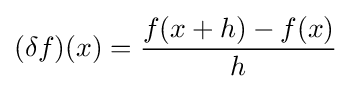
(\delta f)(x)={{f(x+h)-f(x)} \over h}